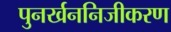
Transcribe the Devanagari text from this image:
पुनर्खननिजीकरण